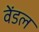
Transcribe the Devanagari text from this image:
वेंडल